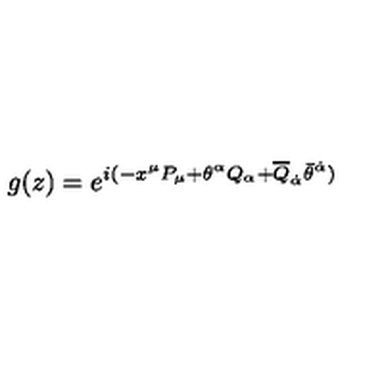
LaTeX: g ( z ) = e ^ { i ( - x ^ { \mu } P _ { \mu } + \theta ^ { \alpha } Q _ { \alpha } + \overline { { Q } } _ { \dot { \alpha } } \bar { \theta } ^ { \dot { \alpha } } ) }